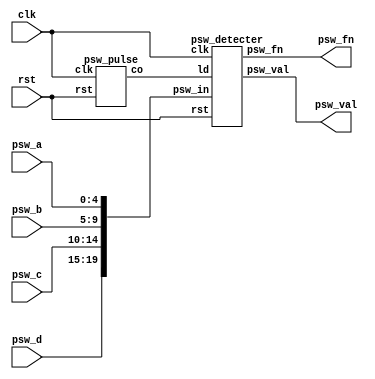
/***************************************
   
 ***************************************/

module io_psw(
	clk, rst, 
	psw_a, psw_b, psw_c, psw_d, psw_val, psw_fn );
	
	input         clk, rst;
	input  [ 4:0] psw_a, psw_b, psw_c, psw_d;
	output [ 3:0] psw_val;
	output [ 3:0] psw_fn;
	
	wire          ld;
	wire   [19:0] psw_in;
	
	/* 5420bit */
	assign psw_in = { psw_d, psw_c, psw_b, psw_a };
	/* (5ms) */
	psw_pulse pp( .clk(clk), .rst(rst), .co(ld) );
	/*  */
	psw_detecter pd( .clk(clk), .rst(rst), .ld(ld), .psw_in(psw_in), 
	                 .psw_val(psw_val), .psw_fn(psw_fn) );
	
endmodule
/*
 * 
 *
 * (5ms)
 *
 */
module psw_pulse(
	clk, rst, co );
	
	input  clk, rst;
	output co;
	reg    [16:0] cnt;
	
	/* (100000/20Mhz=5ms) */
	assign co = ( cnt == 17'd100000 );
	
	always@( posedge clk or negedge rst ) begin
		if( rst == 1'b0 ) begin
			cnt <= 17'h0;
		end else if( co == 1'b1 ) begin
			/*  */
			cnt <= 17'h1;
		end else begin
			/*  */
			cnt <= cnt + 17'h1; 
		end
	end
	
endmodule
/*
 * 
 *
 * 
 * 1
 *
 */
module psw_detecter(
	clk, rst, ld, psw_in, psw_val, psw_fn );
	
	input  clk, rst;
	input  ld;
	input  [19:0] psw_in;
	output [ 3:0] psw_val;
	output [ 3:0] psw_fn;
	
	reg    [ 3:0] psw_val;
	reg    [ 3:0] psw_fn;
	reg    [ 4:0] psw_id;
	reg    [ 1:0] dly;
	reg    [ 2:0] cnt;
	wire          max;
	
	
	always@( posedge clk or negedge rst ) begin
		if( rst == 1'b0 ) begin
			dly <= 2'b11;
		end else if( ld == 1'b1 ) begin
			/*  */
			dly <= { dly[0], ~&psw_in };
		end
	end
	/*  */
	assign max = &cnt;
	
	always@( posedge clk or negedge rst ) begin
		if( rst == 1'b0 ) begin
			cnt <= 3'h0;
			psw_id <= 5'h0;
		end else if( dly[0] == 1'b0 ) begin /* 10 or 00 */
			/*  */
			cnt <= 3'h0;
			psw_id <= 5'h0;
		end else if( dly[1] == 1'b0 ) begin /* 01 */
			/*  */
			cnt <= 3'h1;
			/* 5bit */
			case( ~psw_in )
				20'h00001 : psw_id <= 5'h00;
				20'h00002 : psw_id <= 5'h01;
				20'h00004 : psw_id <= 5'h02;
				20'h00008 : psw_id <= 5'h03;
				20'h00020 : psw_id <= 5'h04;
				20'h00040 : psw_id <= 5'h05;
				20'h00080 : psw_id <= 5'h06;
				20'h00100 : psw_id <= 5'h07;
				20'h00400 : psw_id <= 5'h08;
				20'h00800 : psw_id <= 5'h09;
				20'h01000 : psw_id <= 5'h0A;
				20'h02000 : psw_id <= 5'h0B;
				20'h08000 : psw_id <= 5'h0C;
				20'h10000 : psw_id <= 5'h0D;
				20'h20000 : psw_id <= 5'h0E;
				20'h40000 : psw_id <= 5'h0F;
				20'h00010 : psw_id <= 5'h10;
				20'h00200 : psw_id <= 5'h11;
				20'h04000 : psw_id <= 5'h12;
				20'h80000 : psw_id <= 5'h13;
			endcase
		end else if( max == 1'b1 ) begin
			/*  */
			cnt <= 3'h0;
			psw_id <= 5'h0;
		end else if( cnt != 3'h0 ) begin
			/*  */
			cnt <= cnt + 3'h1;
		end
	end
	
	always@( posedge clk or negedge rst ) begin
		if( rst == 1'b0 ) begin
			psw_val <= 4'h0;
		end else if( max == 1'b1 && psw_id[4] == 1'b0 ) begin
			/* 0F */
			psw_val <= psw_id[3:0];
		end
	end
	
	always@( posedge clk or negedge rst ) begin
		if( rst == 1'b0 ) begin
			psw_fn <= 4'b0000;
		end else if( max == 1'b1 && psw_id[4] == 1'b1 ) begin
			if( psw_id[1:0] == 2'b01 ) begin
				/*  */
				psw_fn[0] <= 1'b1;
				/*  */
				psw_fn[1] <= psw_fn[0];
			end else begin
				/*  */
				psw_fn[psw_id[1:0]] <= ~psw_fn[psw_id[1:0]];
				psw_fn[1] <= 1'b0;
			end
		end else begin
			psw_fn[1] <= 1'b0;
		end
	end
	
endmodule

/***************************************
   
 ***************************************/

module io_bz(
	clk, rst, 
	start, val, bz );
	
	input  clk;
	input  rst;
	input  start;
	input  [7:0] val;
	output bz;
	
	wire   enable, pitch;
	/* () */
	bz_time bt( .clk(clk), .rst(rst), .start(start), .val(val[7:4]), .enable(enable) );
	/* () */
	bz_pitch bp( .clk(clk), .rst(rst), .val(val[3:0]), .pitch(pitch) );
	/*  */
	assign bz = enable & pitch;
	
endmodule
/*
 * 
 *
 * 
 * 
 */
module bz_time(
	clk, rst, start, val, enable );
	
	input clk, rst;
	input start;
	input [3:0] val;
	output enable;
	reg    [ 1:0] dly;
	reg    [23:0] cnt;
	reg    [23:0] cref;
	wire   max;
	
	always@( posedge clk or negedge rst ) begin
		if( rst == 1'b0 ) begin
			cref <= 24'd0;
		end else begin
			/*  */
			case( val )                        /* sec */
				4'b0000: cref <= 24'd01000000; /* 0.1 */
				4'b0001: cref <= 24'd02000000; /* 0.2 */
				4'b0010: cref <= 24'd03000000; /* 0.3 */
				4'b0011: cref <= 24'd04000000; /* 0.4 */
				4'b0100: cref <= 24'd05000000; /* 0.5 */
				4'b0101: cref <= 24'd06000000; /* 0.6 */
				4'b0110: cref <= 24'd07000000; /* 0.7 */
				4'b0111: cref <= 24'd08000000; /* 0.8 */
				4'b1000: cref <= 24'd09000000; /* 0.9 */
				4'b1001: cref <= 24'd10000000; /* 1.0 */
				4'b1010: cref <= 24'd11000000; /* 1.1 */
				4'b1011: cref <= 24'd12000000; /* 1.2 */
				4'b1100: cref <= 24'd13000000; /* 1.3 */
				4'b1101: cref <= 24'd14000000; /* 1.4 */
				4'b1110: cref <= 24'd15000000; /* 1.5 */
				4'b1111: cref <= 24'd16000000; /* 1.6 */
				default: cref <= 24'd0;
			endcase
		end
	end
	
	always@( posedge clk or negedge rst ) begin
		if( rst == 1'b0 ) begin
			dly <= 2'b00;
		end else begin
			/*  */
			dly <= { dly[0], start };
		end
	end
	/*  */	
	assign max = ( cnt == cref );
	/*  */
	assign enable = ( cnt != 24'h0 );
	
	always@( posedge clk or negedge rst ) begin
		if( rst == 1'b0 ) begin
			cnt <= 24'd0;
		end else if( dly == 2'b01 ) begin
			/*  */
			cnt <= 24'd1;
		end else if( max == 1'b1 ) begin
			/*  */
			cnt <= 24'd0;
		end else begin
			/*  */
			cnt <= cnt + enable;
		end
	end
	
endmodule

/*
 * 
 *
 * 
 *
 */

module bz_pitch( 
	clk, rst, val, pitch );
	
	input  clk, rst;
	input  [3:0] val;
	output pitch;
	reg    pitch;
	reg    [15:0] cnt;
	reg    [15:0] cref;
	wire   max, zero;
	
	always@( posedge clk or negedge rst ) begin
		if( rst == 1'b0 ) begin	
			cref <= 16'hFFFF;
		end else begin
			/*  */
			case( val )                     /*        Hz */
				4'b0000: cref <= 16'hFFFF;  /* R    0.00 */
				4'b0001: cref <= 16'd38223; /* C  261.62 */
				4'b0010: cref <= 16'd34053; /* D  293.66 */
				4'b0011: cref <= 16'd30338; /* E  329.62 */
				4'b0100: cref <= 16'd28635; /* F  349.22 */
				4'b0101: cref <= 16'd25511; /* G  391.99 */
				4'b0110: cref <= 16'd22727; /* A  440.00 */
				4'b0111: cref <= 16'd20248; /* B  493.88 */
				4'b1000: cref <= 16'd19111; /* C  523.25 */
				4'b1001: cref <= 16'd17026; /* D  587.32 */
				4'b1010: cref <= 16'd15169; /* E  659.25 */
				4'b1011: cref <= 16'd14317; /* F  698.45 */
				4'b1100: cref <= 16'd12755; /* G  783.99 */
				4'b1101: cref <= 16'd11364; /* A  880.00 */
				4'b1110: cref <= 16'd10124; /* B  987.76 */
				4'b1111: cref <= 16'd09556; /* C 1046.50 */
				default: cref <= 16'hFFFF;
			endcase
		end
	end
	/*  */
	assign max = ( cnt == cref );
	/* 0 */
	assign zero = ( val == 4'h0 );
	
	always@( posedge clk or negedge rst ) begin
		if( rst == 1'b0 ) begin
			cnt <= 16'h0;
		end else if( zero == 1'b1 ) begin
			/* 0 */
			cnt <= 16'h0;
		end else if( max == 1'b1 ) begin
			/*  */
			cnt <= 16'h1;
		end else begin
			/*  */
			cnt <= cnt + 16'h1; 
		end
	end
	
	always@( posedge clk or negedge rst ) begin
		if( rst == 1'b0 ) begin
			pitch <= 1'b0;
		end else if( zero == 1'b1 ) begin
			/* 0 */
			pitch <= 1'b0;
		end else if( max == 1'b1 ) begin
			/*  */
			pitch <= ~pitch;
		end
	end
	
endmodule

/***************************************
   7LED
 ***************************************/

module io_seg(
	clk, rst, sa, sb, d, qa, qb );
	
	input  clk;
	input  rst;
	output [ 3:0] sa, sb;
	input  [31:0] d;
	output [ 7:0] qa, qb;
	
	wire   [ 3:0] va, vb;
	wire   [ 3:0] sel;
	
	assign sa = sel;
	assign sb = sel;

	/* 7LED() */
	seg_selecter ss( .clk(clk), .rst(rst), .sel(sel) );
	/* 7LED() */
	seg_register sra( .clk(clk), .rst(rst), .sel(sel), .din(d[31:16]), .dout(va) );
	seg_register srb( .clk(clk), .rst(rst), .sel(sel), .din(d[15: 0]), .dout(vb) );
	/* 7LED */
	seg_decoder sda( .clk(clk), .rst(rst), .val(va), .seg(qa) );
	seg_decoder sdb( .clk(clk), .rst(rst), .val(vb), .seg(qb) );
	
endmodule

/*
 * 7LED
 *
 * 7LED
 *
 */

module seg_selecter(
	clk, rst, sel );
	
	input  clk, rst;
	output [ 3:0] sel;
	
	reg    [ 3:0] sel;
	reg    [13:0] cnt;
	wire   max;
	
	/*  */
	assign max = ( cnt == 14'h3000 );
	
	always@( posedge clk or negedge rst ) begin
		if( rst == 1'b0 ) begin
			cnt <= 14'h1;
		end else if( cnt == max ) begin
			/*  */
			cnt <= 14'h1;
		end else begin
			/*  */
			cnt <= cnt + 14'h1;
		end
	end
	
	always@( posedge clk or negedge rst ) begin
		if( rst == 1'b0 ) begin
			sel <= 4'b0000;
		end else if( sel == 4'b0000 ) begin
			sel <= 4'b1110;
		end else if( max == 1'b1 ) begin
			/*  */
			sel <= { sel[2:0], sel[3] };
		end
	end
	
endmodule

/*
 * 
 *
 * 
 *
 */

module seg_register(
	clk, rst, sel, din, dout );
	
	input  clk, rst;
	input  [ 3:0] sel;
	input  [15:0] din;
	output [ 3:0] dout;
	
	reg    [ 3:0] dout;
	
	always@( posedge clk or negedge rst ) begin
		if( rst == 1'b0 ) begin
			dout <= 4'h0;
		end else begin
			/* 4bit x 41 */
			case( sel )
				4'b1110: dout <= din[15:12];
				4'b1101: dout <= din[11: 8];
				4'b1011: dout <= din[ 7: 4];
				4'b0111: dout <= din[ 3: 0];
				default: dout <= 4'hx;
			endcase
		end
	end
	
endmodule

/*
 * 7LED
 *
 * 7LED
 *
 */

module seg_decoder(
	clk, rst, val, seg );
	
	input  clk, rst;
	input  [3:0] val;
	output [7:0] seg;
	
	reg    [7:0] seg;
	
	always@( posedge clk or negedge rst ) begin
		if( rst == 1'b0 ) begin
			seg <= 8'h0;
		end else begin
			/* 7LED */
			case( val )
				4'h0: seg <= 8'b11111100;
				4'h1: seg <= 8'b01100000;
				4'h2: seg <= 8'b11011010;
				4'h3: seg <= 8'b11110010;
				4'h4: seg <= 8'b01100110;
				4'h5: seg <= 8'b10110110;
				4'h6: seg <= 8'b10111110;
				4'h7: seg <= 8'b11100000;
				4'h8: seg <= 8'b11111110;
				4'h9: seg <= 8'b11110110;
				4'hA: seg <= 8'b11101110;
				4'hB: seg <= 8'b00111110;
				4'hC: seg <= 8'b00011010;
				4'hD: seg <= 8'b01111010;
				4'hE: seg <= 8'b10011110;
				4'hF: seg <= 8'b10001110;
				default: seg <= 8'hxx;
			endcase
		end
	end
	
endmodule

/***************************************
   
 ***************************************/

module io_rtsw(
	clk, rst, din, dout );
	
	input  clk, rst;
	input  [3:0] din;
	output [3:0] dout;
	reg    [3:0] dout;
	
	always@( posedge clk or negedge rst ) begin
		if( rst == 1'b0 ) begin
			dout <= 4'h0;
		end else begin
			dout <= din;
		end
	end
	
endmodule

/***************************************
   DIP
 ***************************************/

module io_dipsw(
	clk, rst, din, dout );
	
	input  clk, rst;
	input  [7:0] din;
	output [7:0] dout;
	reg    [7:0] dout;
	
	always@( posedge clk or negedge rst ) begin
		if( rst == 1'b0 ) begin
			dout <= 8'h0;
		end else begin
			dout <= ~din;
		end
	end
	
endmodule

/***************************************
   LED
 ***************************************/

module io_led(
	clk, rst, din, dout );
	
	input  clk, rst;
	input  [7:0] din;
	output [7:0] dout;
	reg    [7:0] dout;
	
	always@( posedge clk or negedge rst ) begin
		if( rst == 1'b0 ) begin
			dout <= 8'h0;
		end else begin
			dout <= din;
		end
	end
	
endmodule